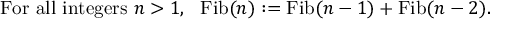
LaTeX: { \mathrm { F o r ~ a l l ~ i n t e g e r s ~ } } n > 1 , ~ { \mathrm { ~ F i b } } ( n ) : = { \mathrm { F i b } } ( n - 1 ) + { \mathrm { F i b } } ( n - 2 ) .